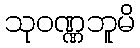
သုဝဏ္ဏဘူမိ